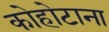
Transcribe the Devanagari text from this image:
कोहोटाना